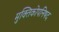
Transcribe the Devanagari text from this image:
मुक्तिकोपनिषद